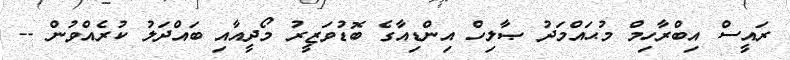
ރައީސް އިބްރާހިމް މުޙައްމަދު ޞާލިހް އިންޑިއާގެ ބޮޑުވަޒީރު މޯދީއާއި ބައްދަލު ކުރެއްވުން --